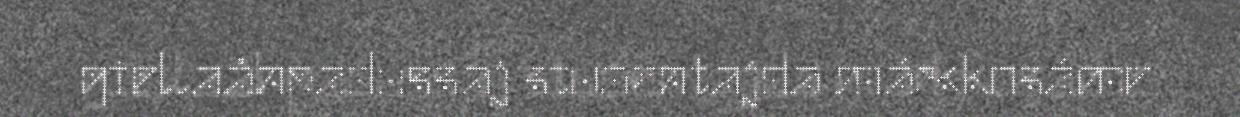
giellaåhpadussaj studentajda márkkosáme